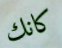
كانك